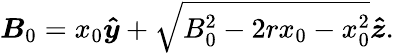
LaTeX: \boldsymbol{B}_{0}=x_{0}\boldsymbol{\hat{y}}+\sqrt{B_{0}^{2}-2rx_{0}-x_{0}^{2}}\boldsymbol{\hat{z}}.